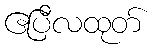
ဧပြီလထုတ်